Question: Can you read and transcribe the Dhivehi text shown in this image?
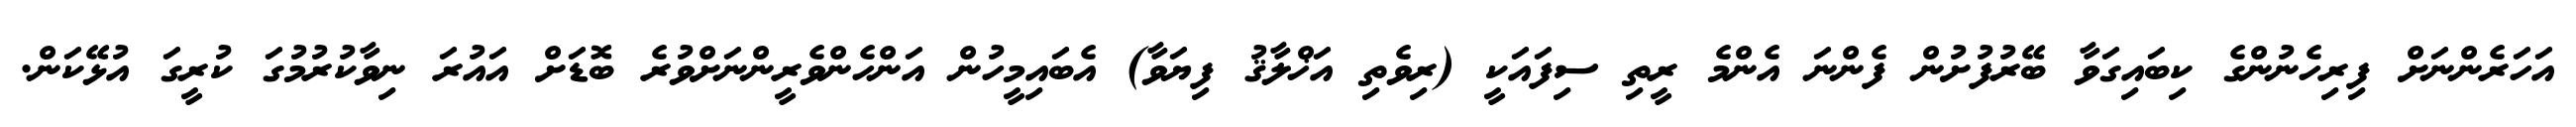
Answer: އަހަރެންނަށް ފިރިހެނުންގެ ކިބައިގަވާ ބޭރުފުށުން ފެންނަ އެންމެ ރީތި ސިފައަކީ (ރިވެތި އަޚްލާޤު ފިޔަވާ) އެބައިމީހުން އަންހެންވެރީންނަށްވުރެ ބޮޑަށް އައުރަ ނިވާކުރުމުގަ ކުރީގަ އުޅޭކަން.